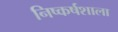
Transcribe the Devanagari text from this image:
निष्कर्षशाला